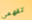
تفهمي